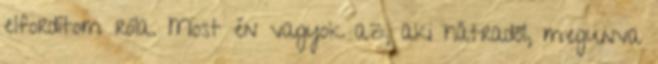
elfordítom róla. Most én vagyok az, aki hátradől, megunva